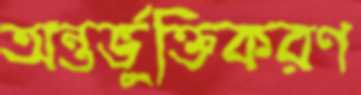
অন্তর্ভুক্তিকরণ